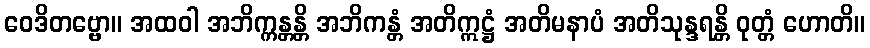
ဝေဒိတဗ္ဗော။ အထဝါ အဘိက္ကန္တန္တိ အဘိကန္တံ အတိဣဋ္ဌံ အတိမနာပံ အတိသုန္ဒရန္တိ ဝုတ္တံ ဟောတိ။